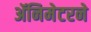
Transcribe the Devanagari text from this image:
ॲनिमेटरने